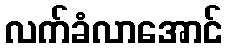
လက်ခံလာအောင်